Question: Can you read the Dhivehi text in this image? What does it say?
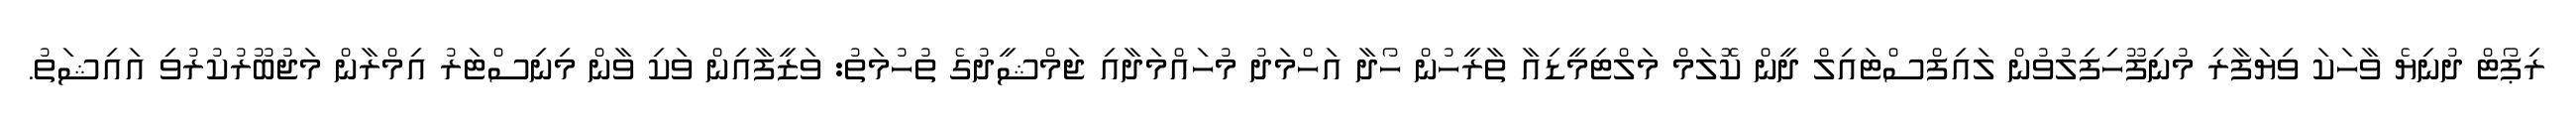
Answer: ރިޕޯޓް ދުނިޔެ ވާހަކަ ވިޔަފާރި މުނިފޫހިފިލުވުން ލައިފްސްޓައިލް ދީން ކޮލަމް މަލްޓިމީޑިއާ ތާރީހުން ހޯދާ އަހްމަދު މުހައްމަދާއި ޖަމްޝީދުގެ ތުހުމަތު: ވަޒީފާއިން ވަކި ވާން މިނިސްޓަރު އިމްރާން މަޖުބޫރުކުރުވި އައިޝަތު.